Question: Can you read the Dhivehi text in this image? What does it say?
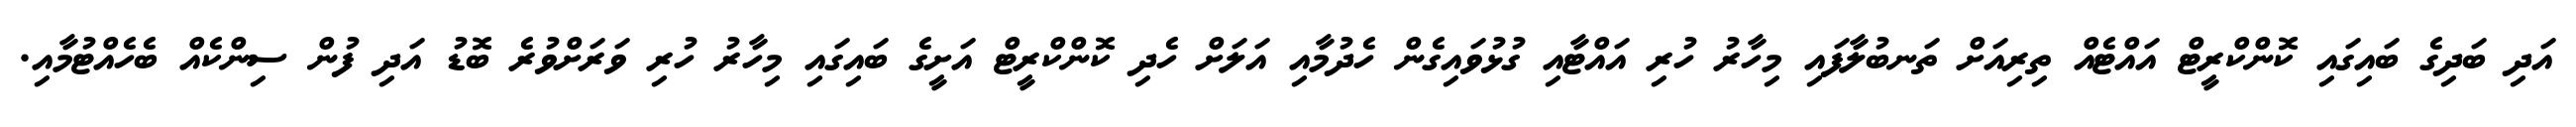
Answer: އަދި ބަދިގެ ބައިގައި ކޮންކްރީޓް އައްޓެއް ތިރިއަށް ތަނބުލާފައި މިހާރު ހުރި އައްޓާއި ގުޅުވައިގެން ހެދުމާއި އަލަށް ހެދި ކޮންކްރީޓް އަށީގެ ބައިގައި މިހާރު ހުރި ވަރަށްވުރެ ބޮޑު އަދި ފުން ސިންކެއް ބެހެއްޓުމާއި.